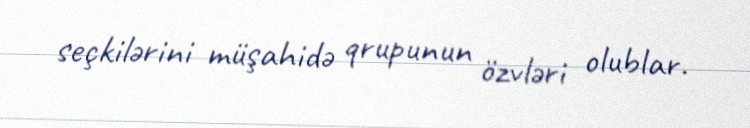
seçkilərini müşahidə qrupunun özvləri olublar.